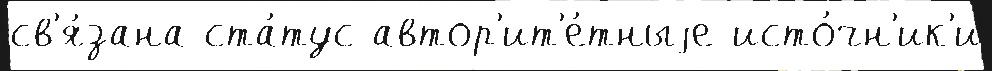
св'я́зана ста́тус автор'ит'е́тныjе исто́чн'ик'и